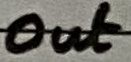
Text: Out